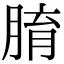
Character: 𦝑